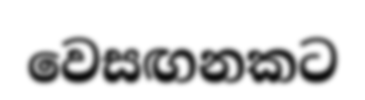
වෙසඟනකට